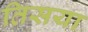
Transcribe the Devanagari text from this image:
तिसया